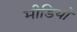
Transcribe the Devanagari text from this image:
मीडियो